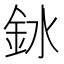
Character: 𫒎